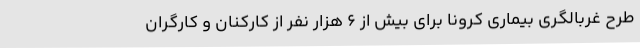
طرح غربالگری بیماری کرونا برای بیش از 6 هزار نفر از کارکنان و کارگران